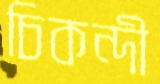
চিকন্দী